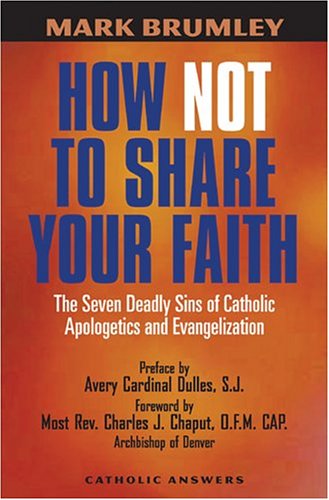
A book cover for How Not to Share Your Faith: The Seven Deadly Sins of Apologetics and Evangelization; Mark Brumley; Christian Books & Bibles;